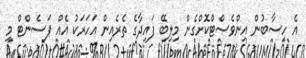
އެ ހިސާބުން އިންވެސްޓްކޮށްގެން މިލިބޭ ފައިދާގެ ތެރެއިން އަހަރަކު އެއް ޕަސެންޓް މި